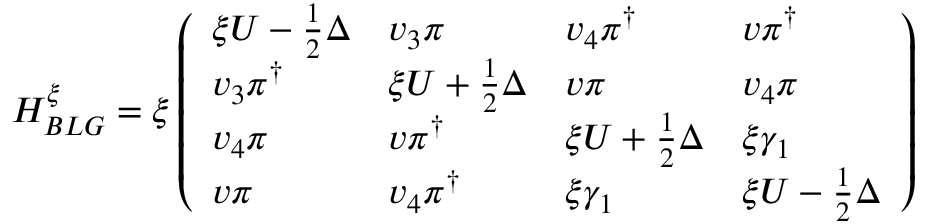
H _ { B L G } ^ { \xi } = \xi \left( \begin{array} { l l l l } { \xi U - \frac { 1 } { 2 } \Delta } & { v _ { 3 } \pi } & { v _ { 4 } \pi ^ { \dagger } } & { v \pi ^ { \dagger } } \\ { v _ { 3 } \pi ^ { \dagger } } & { \xi U + \frac { 1 } { 2 } \Delta } & { v \pi } & { v _ { 4 } \pi } \\ { v _ { 4 } \pi } & { v \pi ^ { \dagger } } & { \xi U + \frac { 1 } { 2 } \Delta } & { \xi \gamma _ { 1 } } \\ { v \pi } & { v _ { 4 } \pi ^ { \dagger } } & { \xi \gamma _ { 1 } } & { \xi U - \frac { 1 } { 2 } \Delta } \end{array} \right)